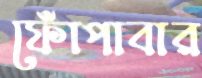
ফোঁপাবার